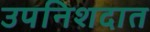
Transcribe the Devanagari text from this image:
उपनिशदात